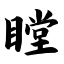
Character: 瞠